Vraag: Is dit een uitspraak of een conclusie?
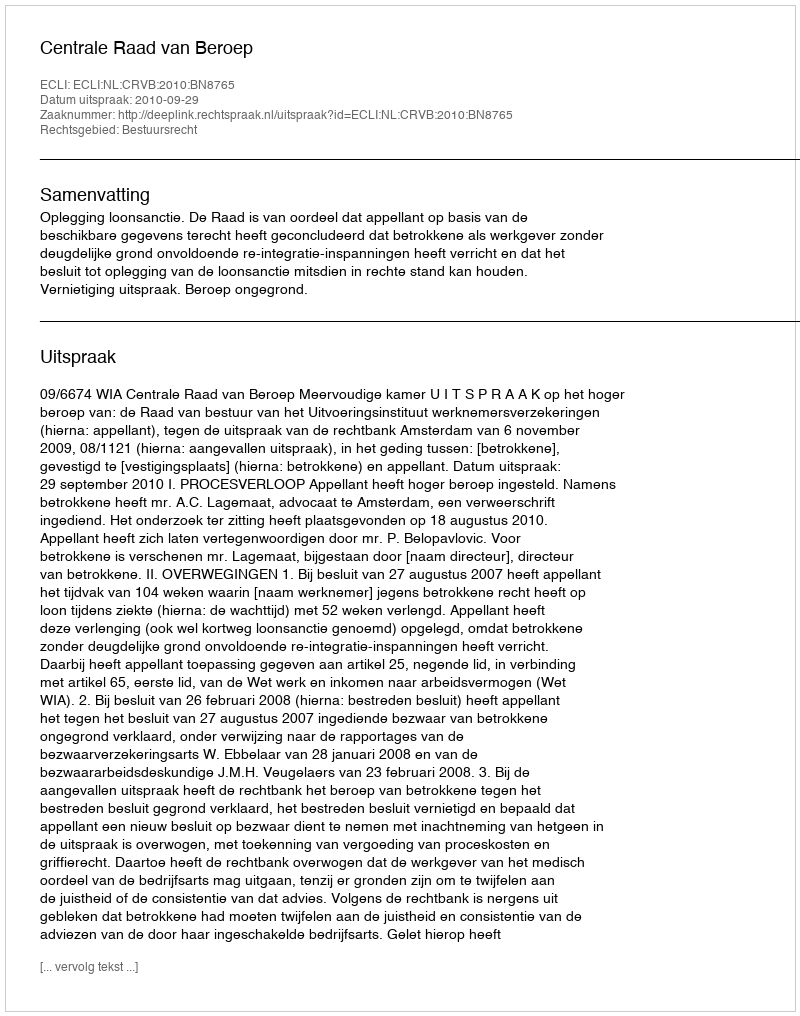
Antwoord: Uitspraak